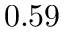
0 . 5 9